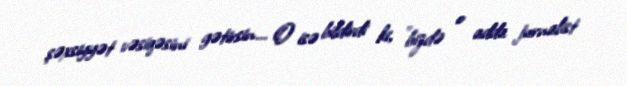
şəxsiyyət vəsiqəsini gətirsin... O isə bildirdi ki, ”bizdə o adda jurnalist